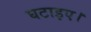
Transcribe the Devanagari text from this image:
घटाइए।